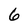
Character: 6